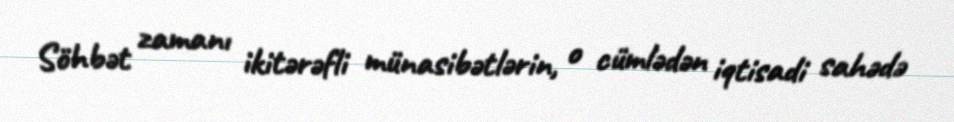
Söhbət zamanı ikitərəfli münasibətlərin, o cümlədən iqtisadi sahədə